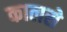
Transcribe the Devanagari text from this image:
कालसे